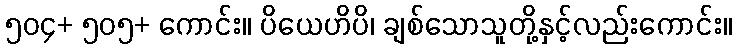
၅၀၄+ ၅၀၅+ ကောင်း။ ပိယေဟိပိ၊ ချစ်သောသူတို့နှင့်လည်းကောင်း။